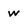
Character: w